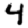
Digit: 4